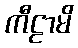
ကီဠာမိ